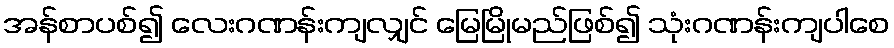
အန်စာပစ်၍ လေးဂဏန်းကျလျှင် မြေမြိုမည်ဖြစ်၍ သုံးဂဏန်းကျပါစေ